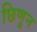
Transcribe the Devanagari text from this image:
छिणून